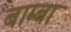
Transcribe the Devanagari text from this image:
बाम्बा